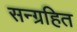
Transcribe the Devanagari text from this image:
सन्ग्रहित